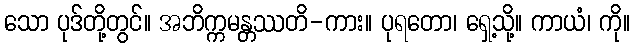
သော ပုဒ်တို့တွင်။ အဘိက္ကမန္တဿတိ-ကား။ ပုရတော၊ ရှေ့သို့။ ကာယံ၊ ကို။